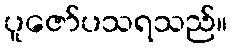
ပူဇော်ပသရသည်။